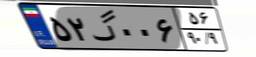
۵۲گ۰۰۶۵۶